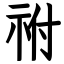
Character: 祔